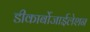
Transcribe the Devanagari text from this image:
डीकार्बोजाईलेशन